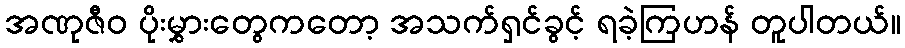
အဏုဇီဝ ပိုးမွှားတွေကတော့ အသက်ရှင်ခွင့် ရခဲ့ကြဟန် တူပါတယ်။